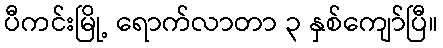
ပီကင်းမြို့ ရောက်လာတာ ၃ နှစ်ကျော်ပြီ။